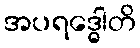
အပရဒ္ဓေါတိ